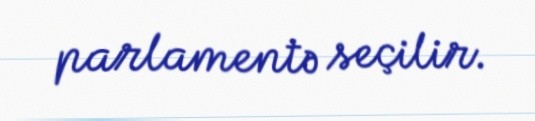
parlamentə seçilir.